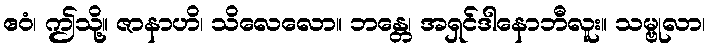
ဧဝံ၊ ဤသို့။ ဇာနာဟိ၊ သိလေလော။ ဘန္တေ၊ အရှင်ဒါနောဘီလူး။ သမ္ဗုလာ၊